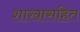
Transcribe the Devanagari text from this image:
शाखासहित